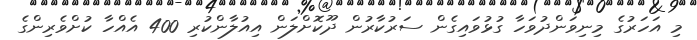
މި އަހަރުގެ މިނިވަންދުވަހާ ގުޅުވައިގެން ސަރުކާރުން ދޫކޮށްލަން އިއުލާންކުރި 400 އެއްހާ ކުށްވެރިންގެ